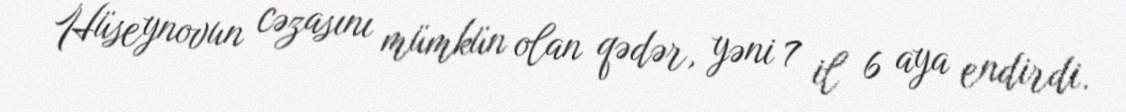
Hüseynovun cəzasını mümkün olan qədər, yəni 7 il 6 aya endirdi.